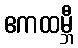
ဧကထမ္ဘီ